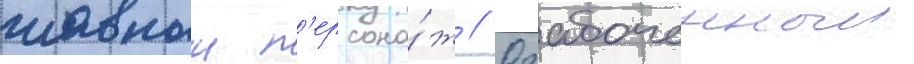
главныи п'ерсона́ж // Озабоченныи